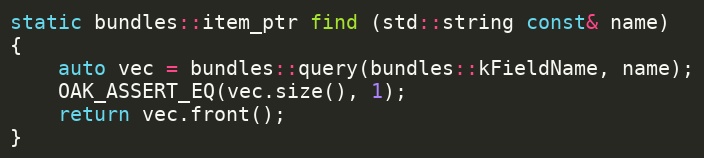
Language: C++
static bundles::item_ptr find (std::string const& name)
{
	auto vec = bundles::query(bundles::kFieldName, name);
	OAK_ASSERT_EQ(vec.size(), 1);
	return vec.front();
}